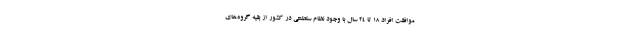
موافقت افراد ۱۸ تا ۲۴ سال با وجود نظام سلطنتی در کشور از بقیه گروه‌های